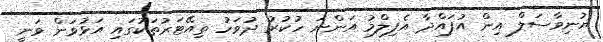
ޔުނިވާސަލް އިން އުފައްދާ އެފިލްމު އަންނަ ހުކުރު ދުވަހު ތިއޭޓަރުތަކުގައި އަޅުވަން ވަނީ